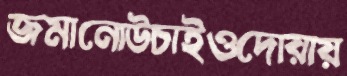
জমানোউচাইওদোয়ায়